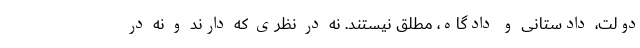
دولت، دادستانی و دادگاه، مطلق نیستند. نه در نظری که دارند و نه در